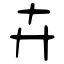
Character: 卉